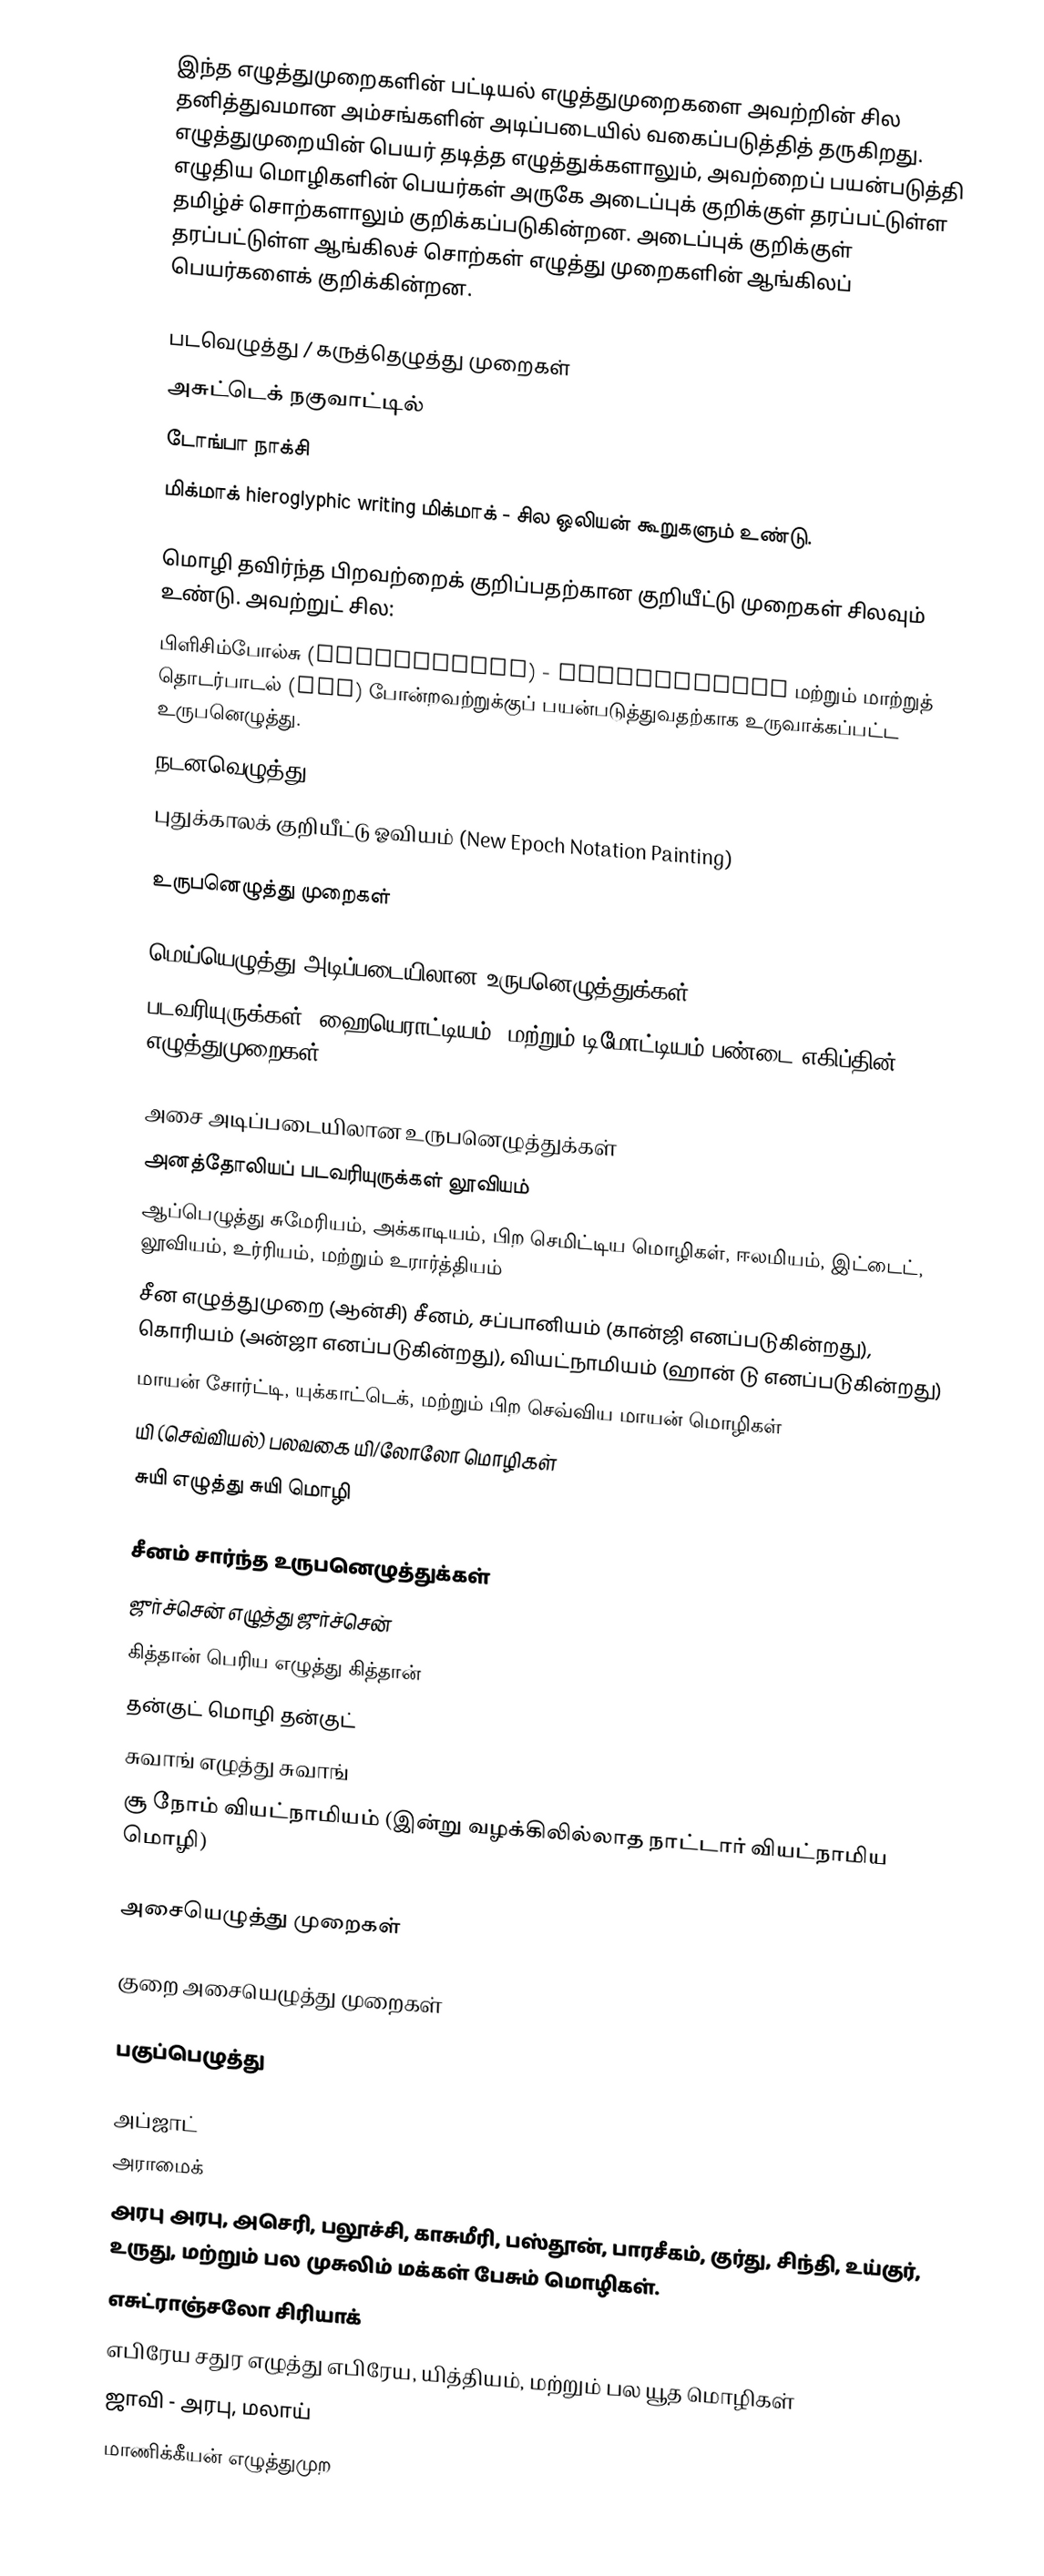
இந்த எழுத்துமுறைகளின் பட்டியல் எழுத்துமுறைகளை அவற்றின் சில தனித்துவமான அம்சங்களின் அடிப்படையில் வகைப்படுத்தித் தருகிறது. எழுத்துமுறையின் பெயர் தடித்த எழுத்துக்களாலும், அவற்றைப் பயன்படுத்தி எழுதிய மொழிகளின் பெயர்கள் அருகே அடைப்புக் குறிக்குள் தரப்பட்டுள்ள தமிழ்ச் சொற்களாலும் குறிக்கப்படுகின்றன. அடைப்புக் குறிக்குள் தரப்பட்டுள்ள ஆங்கிலச் சொற்கள் எழுத்து முறைகளின் ஆங்கிலப் பெயர்களைக் குறிக்கின்றன.

படவெழுத்து / கருத்தெழுத்து முறைகள்
அசுட்டெக்  நகுவாட்டில்
டோங்பா நாக்சி
மிக்மாக் hieroglyphic writing மிக்மாக் - சில ஒலியன் கூறுகளும் உண்டு.

மொழி தவிர்ந்த பிறவற்றைக் குறிப்பதற்கான குறியீட்டு முறைகள் சிலவும் உண்டு. அவற்றுட் சில:
பிளிசிம்போல்சு (Blissymbols) - Augmentative மற்றும் மாற்றுத் தொடர்பாடல் (AAC) போன்றவற்றுக்குப் பயன்படுத்துவதற்காக உருவாக்கப்பட்ட உருபனெழுத்து.
நடனவெழுத்து (DanceWriting)
புதுக்காலக் குறியீட்டு ஓவியம் (New Epoch Notation Painting)

உருபனெழுத்து முறைகள்

மெய்யெழுத்து அடிப்படையிலான உருபனெழுத்துக்கள்
படவரியுருக்கள், ஹையெராட்டியம், மற்றும் டிமோட்டியம்  பண்டை எகிப்தின் எழுத்துமுறைகள்

அசை அடிப்படையிலான உருபனெழுத்துக்கள்
அனத்தோலியப் படவரியுருக்கள் லூவியம்
ஆப்பெழுத்து சுமேரியம், அக்காடியம், பிற செமிட்டிய மொழிகள், ஈலமியம், இட்டைட், லூவியம், உர்ரியம், மற்றும் உரார்த்தியம்
சீன எழுத்துமுறை (ஆன்சி) சீனம், சப்பானியம் (கான்ஜி எனப்படுகின்றது), கொரியம் (அன்ஜா எனப்படுகின்றது), வியட்நாமியம் (ஹான் டு எனப்படுகின்றது)
மாயன் சோர்ட்டி, யுக்காட்டெக், மற்றும் பிற செவ்விய மாயன் மொழிகள்
யி (செவ்வியல்) பலவகை யி/லோலோ மொழிகள்
சுயி எழுத்து சுயி மொழி

சீனம் சார்ந்த உருபனெழுத்துக்கள்
ஜுர்ச்சென் எழுத்து ஜுர்ச்சென்
கித்தான் பெரிய எழுத்து கித்தான்
தன்குட் மொழி தன்குட்
சுவாங் எழுத்து சுவாங்
சூ நோம் வியட்நாமியம் (இன்று வழக்கிலில்லாத நாட்டார் வியட்நாமிய மொழி)

அசையெழுத்து முறைகள்

குறை அசையெழுத்து முறைகள்

பகுப்பெழுத்து

அப்ஜாட்
அராமைக்
அரபு அரபு, அசெரி, பலூச்சி, காசுமீரி, பஸ்தூன், பாரசீகம், குர்து, சிந்தி, உய்குர், உருது, மற்றும் பல முசுலிம் மக்கள் பேசும் மொழிகள்.
எசுட்ராஞ்சலோ சிரியாக்
எபிரேய சதுர எழுத்து எபிரேய, யித்தியம், மற்றும் பல யூத மொழிகள்
ஜாவி - அரபு, மலாய்
மாணிக்கீயன் எழுத்துமுற